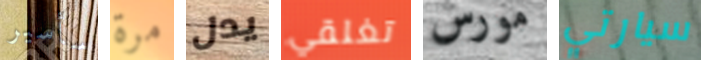
سأسير مرة يدل تغلقي مورس سيارتي